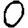
Digit: 0